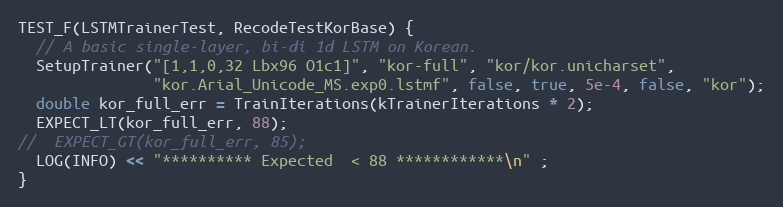
Language: C++
TEST_F(LSTMTrainerTest, RecodeTestKorBase) {
  // A basic single-layer, bi-di 1d LSTM on Korean.
  SetupTrainer("[1,1,0,32 Lbx96 O1c1]", "kor-full", "kor/kor.unicharset",
               "kor.Arial_Unicode_MS.exp0.lstmf", false, true, 5e-4, false, "kor");
  double kor_full_err = TrainIterations(kTrainerIterations * 2);
  EXPECT_LT(kor_full_err, 88);
//  EXPECT_GT(kor_full_err, 85);
  LOG(INFO) << "********** Expected  < 88 ************\n" ;
}